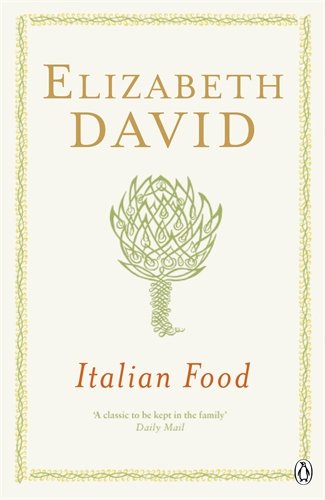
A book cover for Italian Food; Elizabeth David; Cookbooks, Food & Wine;